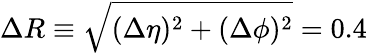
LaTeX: {\Delta R\equiv\sqrt{(\Delta\eta)^{2}+(\Delta\phi)^{2}}=0.4}